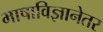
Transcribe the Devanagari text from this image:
भाषाविज्ञानेतर